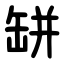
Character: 缾